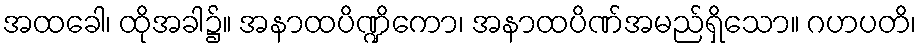
အထခေါ၊ ထိုအခါ၌။ အနာထပိဏ္ဍိကော၊ အနာထပိဏ်အမည်ရှိသော။ ဂဟပတိ၊